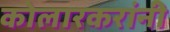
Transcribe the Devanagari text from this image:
कोलारकरांनी